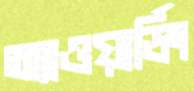
অ্যাওয়ার্ডিং